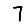
Digit: 7